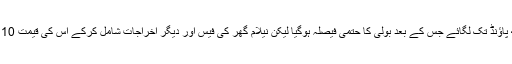
ٹیلیفون پر ایک صاحب نے 8 لاکھ پاؤنڈ تک لگائے جس کے بعد بولی کا حتمی فیصلہ ہوگیا لیکن نیلام گھر کی فیس اور دیگر اخراجات شامل کرکے اس کی قیمت 10 لاکھ پاؤنڈ سے بھی تجاوز کرگئی۔